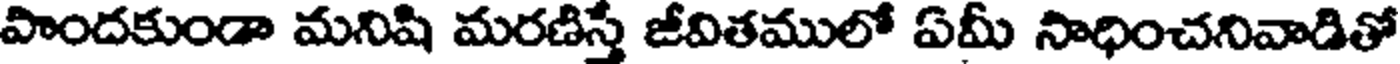
పొందకుండా మనిషి మరణిస్తే జీవితములో ఏమీ సాధించనివాడితో